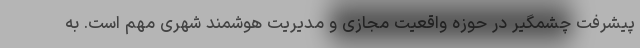
پیشرفت چشمگیر در حوزه واقعیت مجازی و مدیریت هوشمند شهری مهم است. به